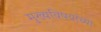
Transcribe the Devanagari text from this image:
मुख्यविषयांच्या